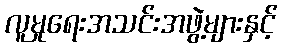
လူမှုရေးအသင်းအဖွဲ့များနှင့်